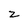
Character: z